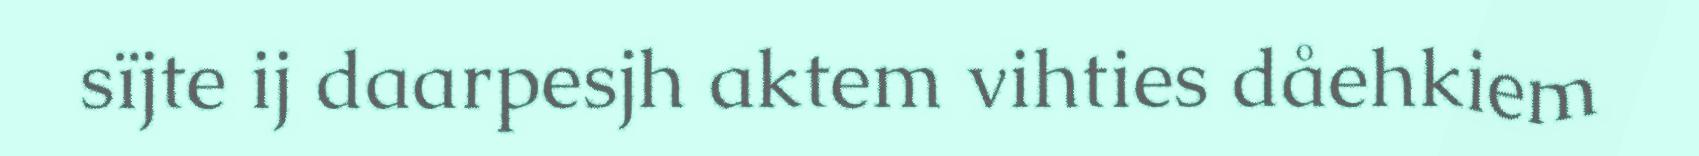
sïjte ij daarpesjh aktem vihties dåehkiem